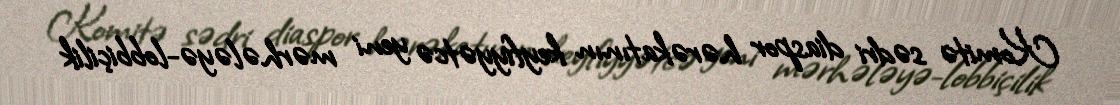
Komitə sədri diaspor hərəkatının keyfiyyətcə yeni mərhələyə-lobbiçilik